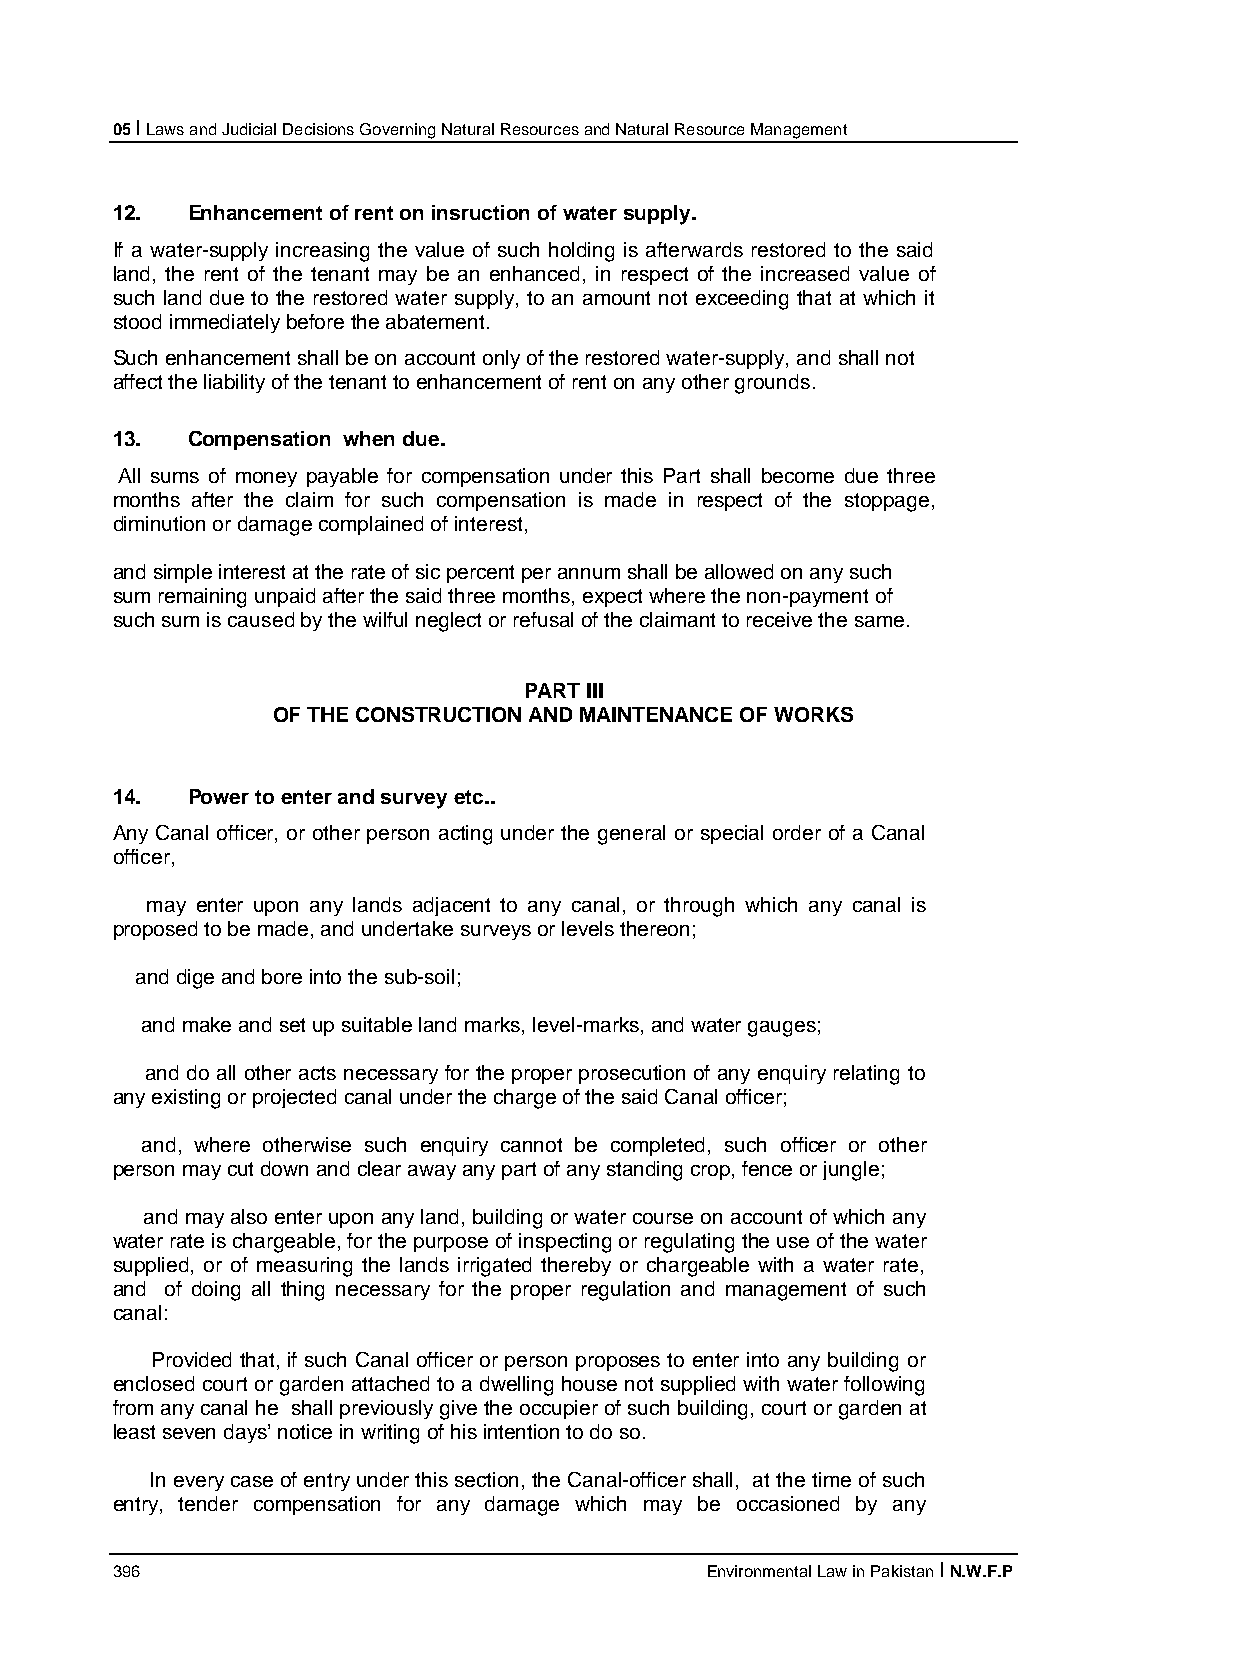
05 I Laws and Judicial Decisions Governing Natural Resources and Natural Resource Management
 12.  Enhancement of rent on insruction of water supply.
 If a water-supply increasing the value of such holding is afterwards restored to the said
 land, the rent of the tenant may be an enhanced, in respect of the increased value of
 such land due to the restored water supply, to an amount not exceeding that at which it
 stood immediately before the abatement.
 Such enhancement shall be on account only of the restored water-supply, and shall not
 affect the liability of the tenant to enhancement of rent on any other grounds.
 13.  Compensation when due.
 All sums of money payable for compensation under this Part shall become due three
 months after the claim for such compensation is made in respect of the stoppage,
 diminution or damage complained of interest,
 and simple interest at the rate of sic percent per annum shall be allowed on any such
 sum remaining unpaid after the said three months, expect where the non-payment of
 such sum is caused by the wilful neglect or refusal of the claimant to receive the same.
 PART III
 OF THE CONSTRUCTION AND MAINTENANCE OF WORKS
 14.  Power to enter and survey etc..
 Any Canal officer, or other person acting under the general or special order of a Canal
 officer,
 may enter upon any lands adjacent to any canal, or through which any canal is
 proposed to be made, and undertake surveys or levels thereon;
 and dige and bore into the sub-soil;
 and make and set up suitable land marks, level-marks, and water gauges;
 and do all other acts necessary for the proper prosecution of any enquiry relating to
 any existing or projected canal under the charge of the said Canal officer;
 and, where otherwise such enquiry cannot be completed, such officer or other
 person may cut down and clear away any part of any standing crop, fence or jungle;
 and may also enter upon any land, building or water course on account of which any
 water rate is chargeable, for the purpose of inspecting or regulating the use of the water
 supplied, or of measuring the lands irrigated thereby or chargeable with a water rate,
 and of doing all thing necessary for the proper regulation and management of such
 canal:
 Provided that, if such Canal officer or person proposes to enter into any building or
 enclosed court or garden attached to a dwelling house not supplied with water following
 from any canal he shall previously give the occupier of such building, court or garden at
 least seven days’ notice in writing of his intention to do so.
 In every case of entry under this section, the Canal-officer shall, at the time of such
 entry, tender compensation for any damage which may be occasioned by any
 396                                     Environmental Law in Pakistan I N.W.F.P